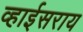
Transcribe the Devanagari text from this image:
व्हाईसराय